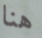
هنا